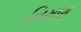
નિમણૂ